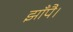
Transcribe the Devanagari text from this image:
झाँपै।